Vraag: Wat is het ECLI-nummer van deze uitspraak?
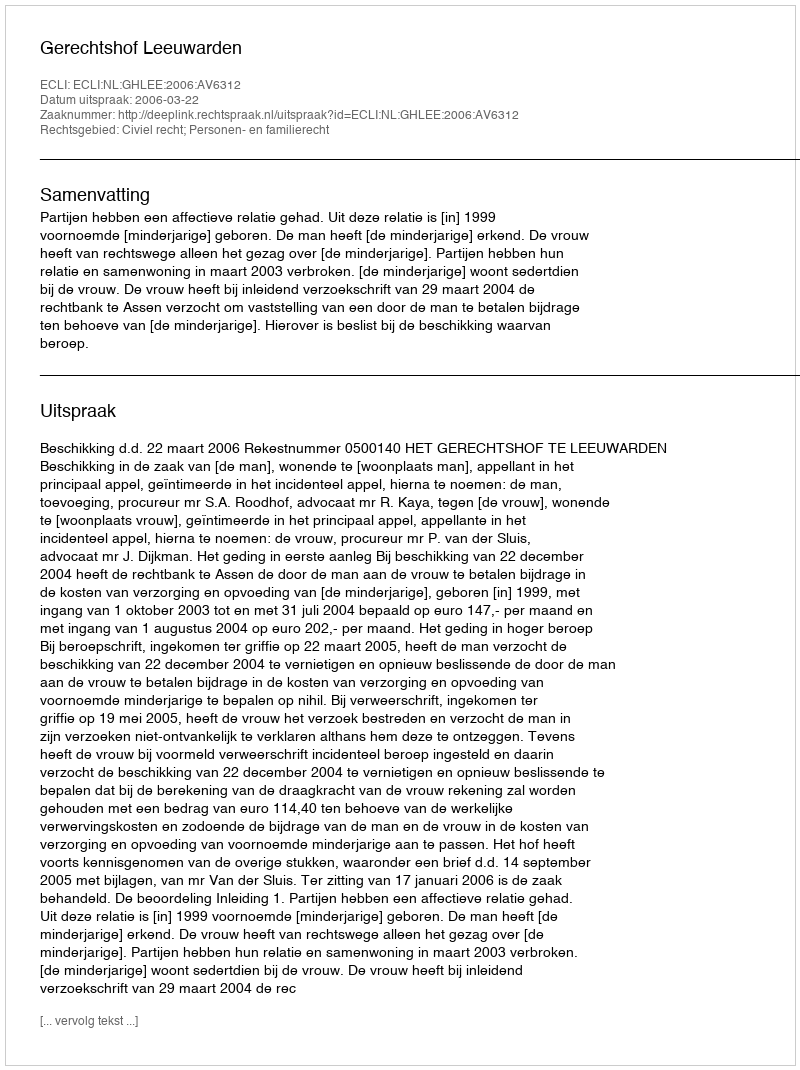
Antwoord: ECLI:NL:GHLEE:2006:AV6312